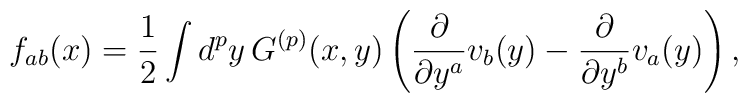
f_{ab}(x) = \frac{1}{2}\int d^p y \, G^{(p)}(x,y) \left(\frac{\partial}{\partial y^a} v_b(y)-\frac{\partial}{\partial y^b} v_a(y)\right),